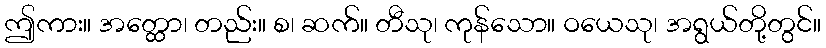
ဤကား။ အတ္ထော၊ တည်း။ စ၊ ဆက်။ တီသု၊ ကုန်သော။ ဝယေသု၊ အရွယ်တို့တွင်။